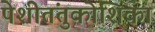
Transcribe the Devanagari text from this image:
पेशीतंतुकोशिका